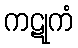
ကဋုကံ